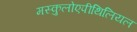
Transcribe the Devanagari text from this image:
मस्कुलोएपीथिलियल